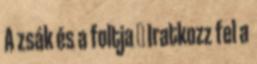
A zsák és a foltja → Iratkozz fel a